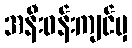
အနီးဝန်းကျင်မှ